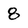
Character: 8